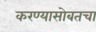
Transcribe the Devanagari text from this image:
करण्यासोबतचा